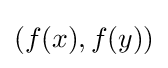
(f(x),f(y))